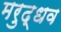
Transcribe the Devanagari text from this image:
मरुद्धव